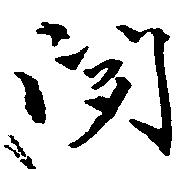
聞